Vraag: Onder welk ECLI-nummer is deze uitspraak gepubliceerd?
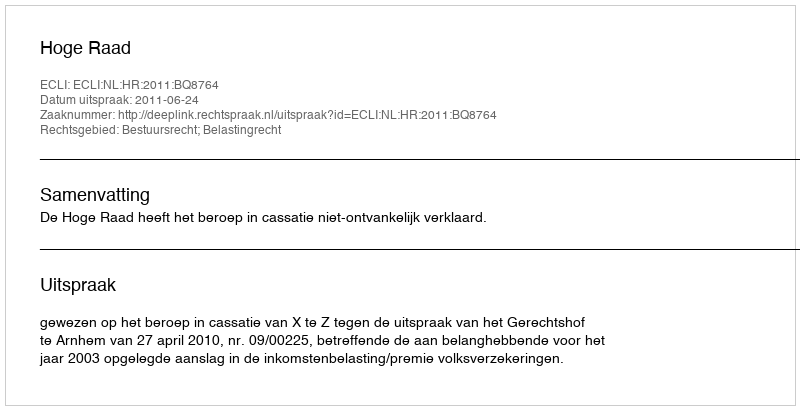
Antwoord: ECLI:NL:HR:2011:BQ8764